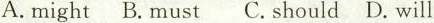
A.mightB.mustC.shouldD.will